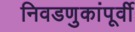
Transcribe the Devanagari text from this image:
निवडणुकांपूर्वी